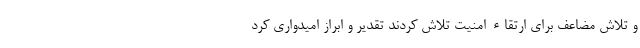
و تلاش مضاعف برای ارتقاء امنیت تلاش کردند تقدیر و ابراز امیدواری کرد